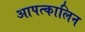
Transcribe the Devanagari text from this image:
आपत्कालिन